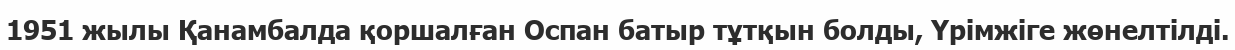
1951 жылы Қанамбалда қоршалған Оспан батыр тұтқын болды, Үрімжіге жөнелтілді.